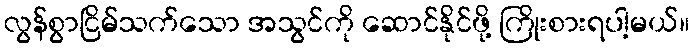
လွန်စွာငြိမ်သက်သော အသွင်ကို ဆောင်နိုင်ဖို့ ကြိုးစားရပါ့မယ်။